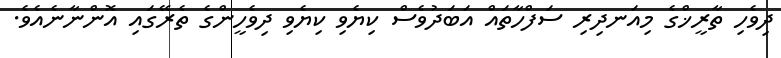
ދިވެހި ތާރީޚްގެ މިއަނދިރި ސަފްހާތައް އަބަދުވެސް ކިޔެވި ކިޔެވި ދިވެހީންގެ ތެރޭގައި އޮންނާނެއެވެ.